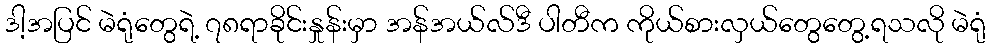
ဒါ့အပြင် မဲရုံတွေရဲ့ ၇၈ရာခိုင်းနှုန်းမှာ အန်အယ်လ်ဒီ ပါတီက ကိုယ်စားလှယ်တွေတွေ့ရသလို မဲရုံ